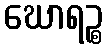
ဃောရဉ္စ